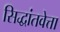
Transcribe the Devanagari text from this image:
सिद्धांतवेत्ता